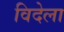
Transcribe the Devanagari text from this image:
विदेला